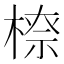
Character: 𣗟